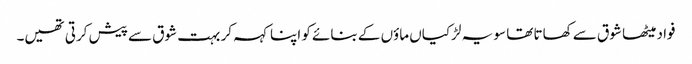
فواد میٹھا شوق سے کھاتا تھا سو یہ لڑکیاں ماؤں کے بنائے کو اپنا کہہ کر بہت شوق سے پیش کرتی تھیں۔